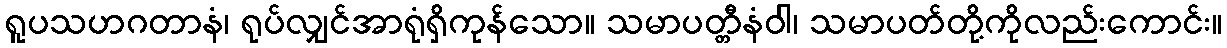
ရူပသဟဂတာနံ၊ ရုပ်လျှင်အာရုံရှိကုန်သော။ သမာပတ္တီနံဝါ၊ သမာပတ်တို့ကိုလည်းကောင်း။